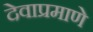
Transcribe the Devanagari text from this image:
देवाप्रमाणे